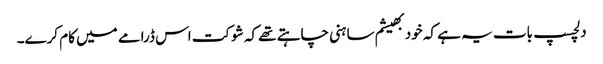
دلچسپ بات یہ ہے کہ خود بھیشم ساہنی چاہتے تھے کہ شوکت اس ڈرامے میں کام کرے۔